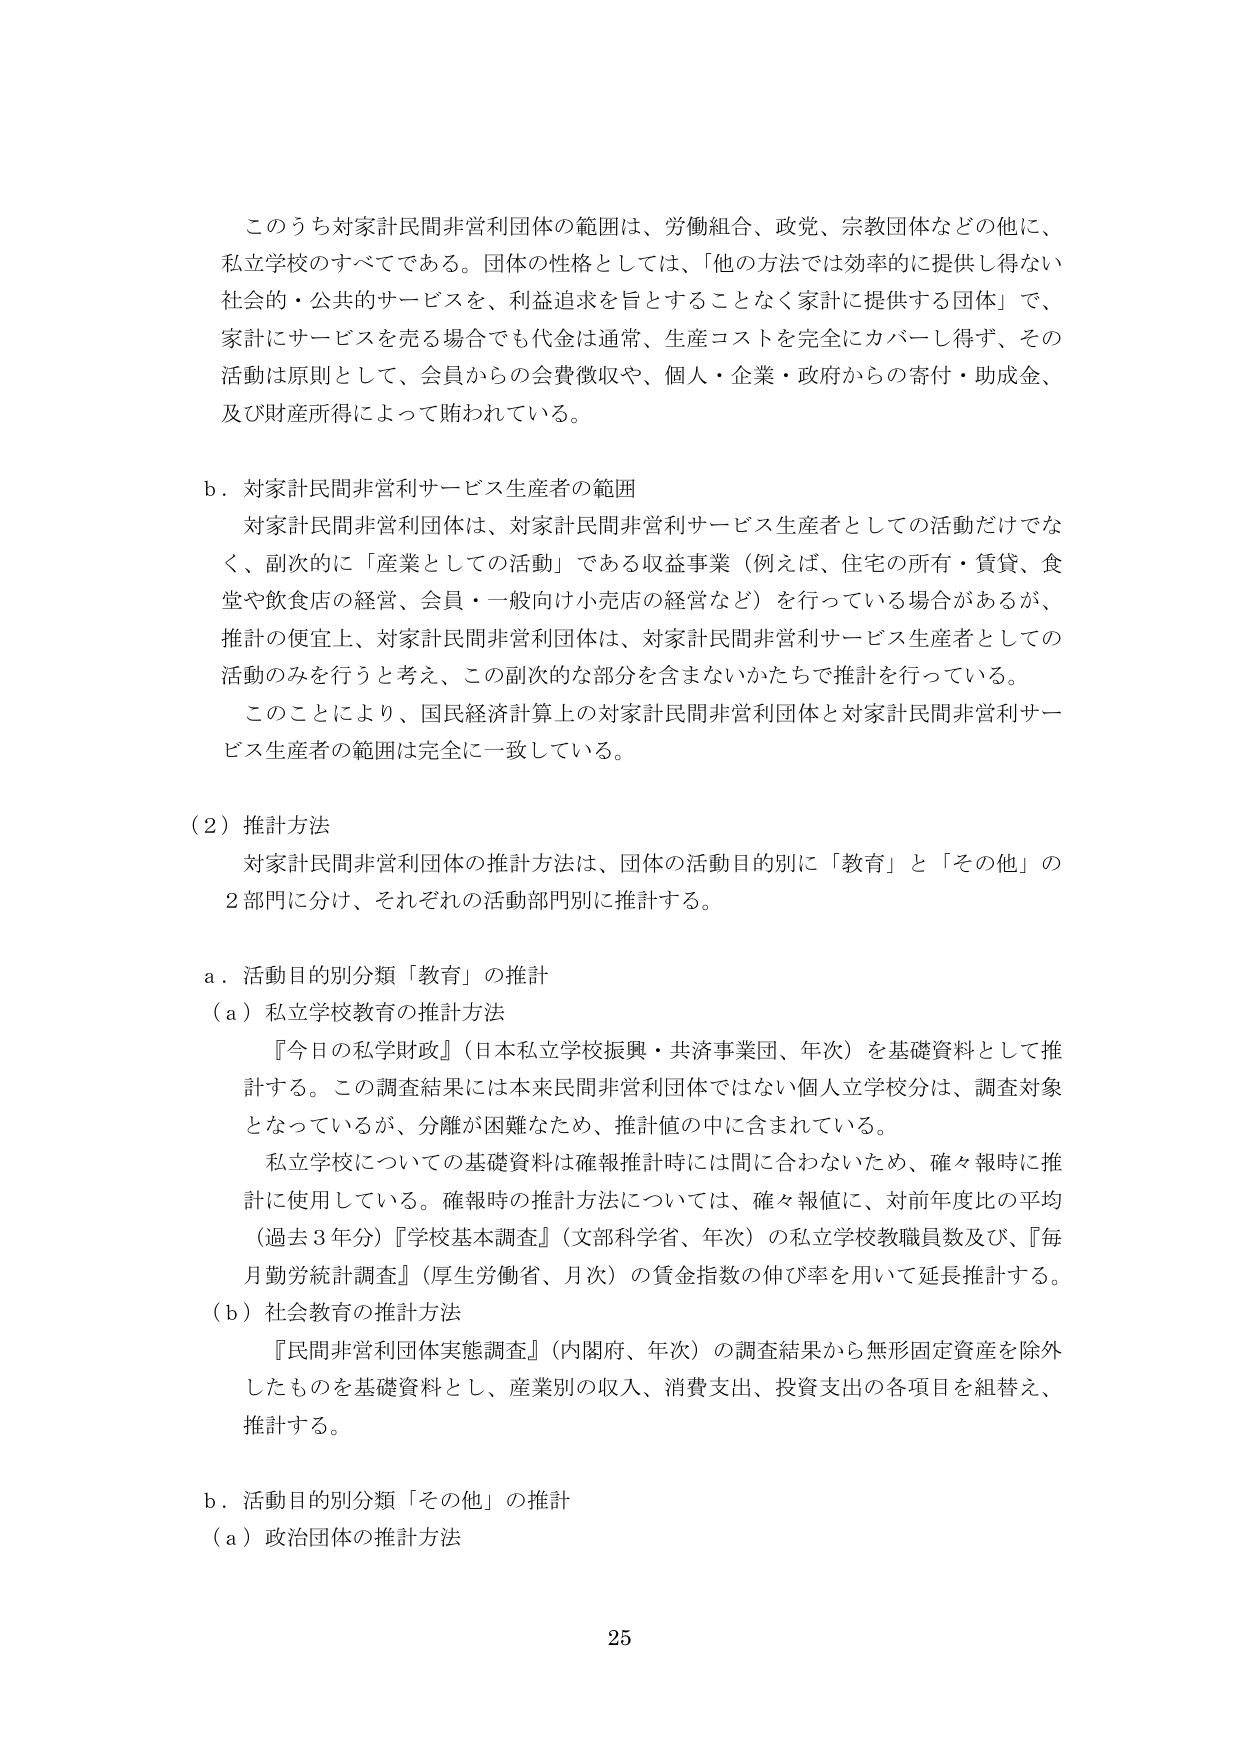
このうち対家計民間非営利団体の範囲は、労働組合、政党、宗教団体などの他に、私立学校のすべてである。団体の性格としては、「他の方法では効率的に提供し得ない社会的・公共的サービスを、利益追求を旨とすることなく家計に提供する団体」で、家計にサービスを売る場合でも代金は通常、生産コストを完全にカバーし得ず、その活動は原則として、会員からの会費徴収や、個人・企業・政府からの寄付・助成金、及び財産所得によって賄われている。

b．対家計民間非営利サービス生産者の範囲
対家計民間非営利団体は、対家計民間非営利サービス生産者としての活動だけではなく、副次的に「産業としての活動」である収益事業（例えば、住宅の所有・賃貸、食堂や飲食店の経営、会員・一般向け小売店の経営など）を行っている場合があるが、推計の便宜上、対家計民間非営利団体は、対家計民間非営利サービス生産者としての活動のみを行うと考え、この副次的な部分を含まないかたちで推計を行っている。
このことにより、国民経済計算上の対家計民間非営利団体と対家計民間非営利サービス生産者の範囲は完全に一致している。

（2）推計方法
対家計民間非営利団体の推計方法は、団体の活動目的別に「教育」と「その他」の2部門に分け、それぞれの活動部門別に推計する。

a．活動目的別分類「教育」の推計
（a）私立学校教育の推計方法
『今日の私学財政』（日本私立学校振興・共済事業団、年次）を基礎資料として推計する。この調査結果には本来民間非営利団体ではない個人立学校分は、調査対象となっているが、分離が困難なため、推計値の中に含まれている。
私立学校についての基礎資料は確報推計時には間に合わないため、確々報時に推計に使用している。確報時の推計方法については、確々報値に、対前年度比の平均（過去3年分）『学校基本調査』（文部科学省、年次）の私立学校教職員数及び、『毎月勤労統計調査』（厚生労働省、月次）の賃金指数の伸び率を用いて延長推計する。
（b）社会教育の推計方法
『民間非営利団体実態調査』（内閣府、年次）の調査結果から無形固定資産を除外したものを基礎資料とし、産業別の収入、消費支出、投資支出の各項目を組替え、推計する。

b．活動目的別分類「その他」の推計
（a）政治団体の推計方法

25